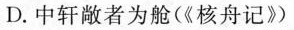
D. 中轩敞者为舱(《核舟记》